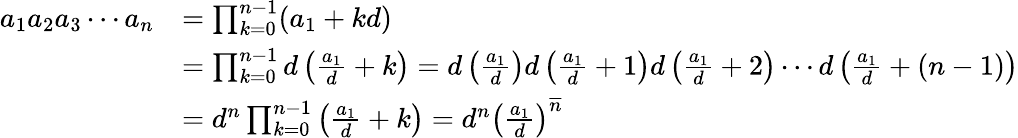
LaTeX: {\begin{array}{rl}{a_{1}a_{2}a_{3}\cdots a_{n}}&{=\prod_{k=0}^{n-1}(a_{1}+kd)}\\ &{=\prod_{k=0}^{n-1}d\left({\frac{a_{1}}{d}}+k\right)=d\left({\frac{a_{1}}{d}}\right)d\left({\frac{a_{1}}{d}}+1\right)d\left({\frac{a_{1}}{d}}+2\right)\cdots d\left({\frac{a_{1}}{d}}+(n-1)\right)}\\ &{=d^{n}\prod_{k=0}^{n-1}\left({\frac{a_{1}}{d}}+k\right)=d^{n}{\left({\frac{a_{1}}{d}}\right)}^{\overline{{n}}}}\end{array}}